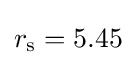
r_{\rm {s}}=5.45